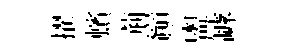
擢蠙荊巔盥罅